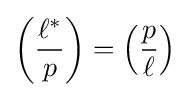
\left({\frac {\ell ^{*}}{p}}\right)=\left({\frac {p}{\ell }}\right)